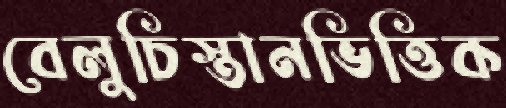
বেলুচিস্তানভিত্তিক